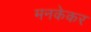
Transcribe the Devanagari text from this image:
मनकेकर